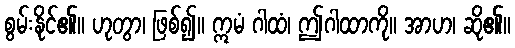
စွမ်းနိုင်၏။ ဟုတွာ၊ ဖြစ်၍။ ဣမံ ဂါထံ၊ ဤဂါထာကို။ အာဟ၊ ဆို၏။